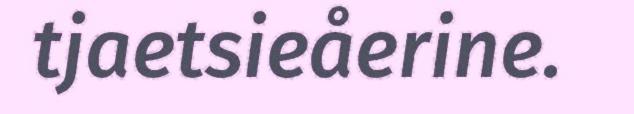
tjaetsieåerine.